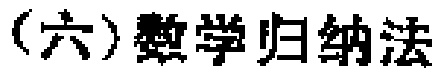
（六）数学归纳法